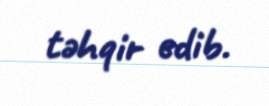
təhqir edib.